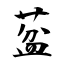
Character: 葐